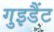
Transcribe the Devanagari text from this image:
गुइडैंट